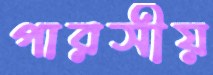
পারসীয়